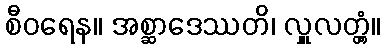
စီဝရေန။ အစ္ဆာဒေဿတိ၊ လှူလတ္တံ့။